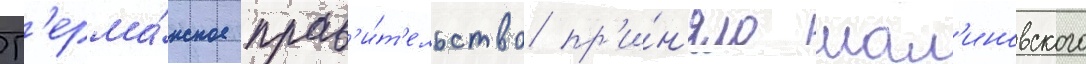
Г'ерма́нское прав'и́т'ельство пр'и́н'яло мал'иновского